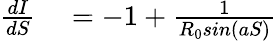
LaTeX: \begin{array}{rl}{\frac{dI}{dS}}&{{}=-1+\frac{1}{R_{0}sin(aS)}}\end{array}